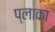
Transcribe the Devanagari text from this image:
प्लाका